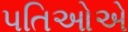
પતિઓએ